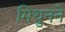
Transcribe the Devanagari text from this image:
मिथुनने